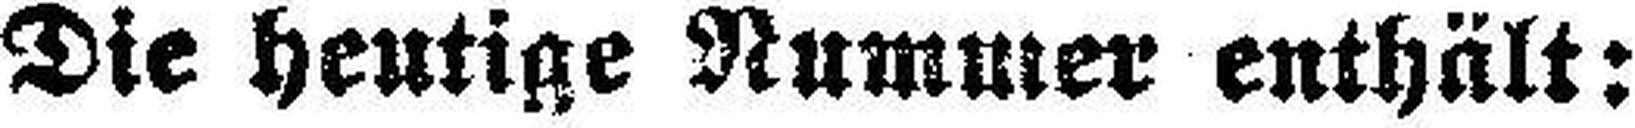
Die heutige Nummer enthält: